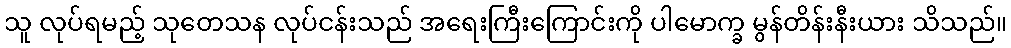
သူ လုပ်ရမည့် သုတေသန လုပ်ငန်းသည် အရေးကြီးကြောင်းကို ပါမောက္ခ မွန်တိန်းနီးယား သိသည်။